King Institute of Preventive Medicine Micro-Biological Section reports 1909-11
Year: 1909
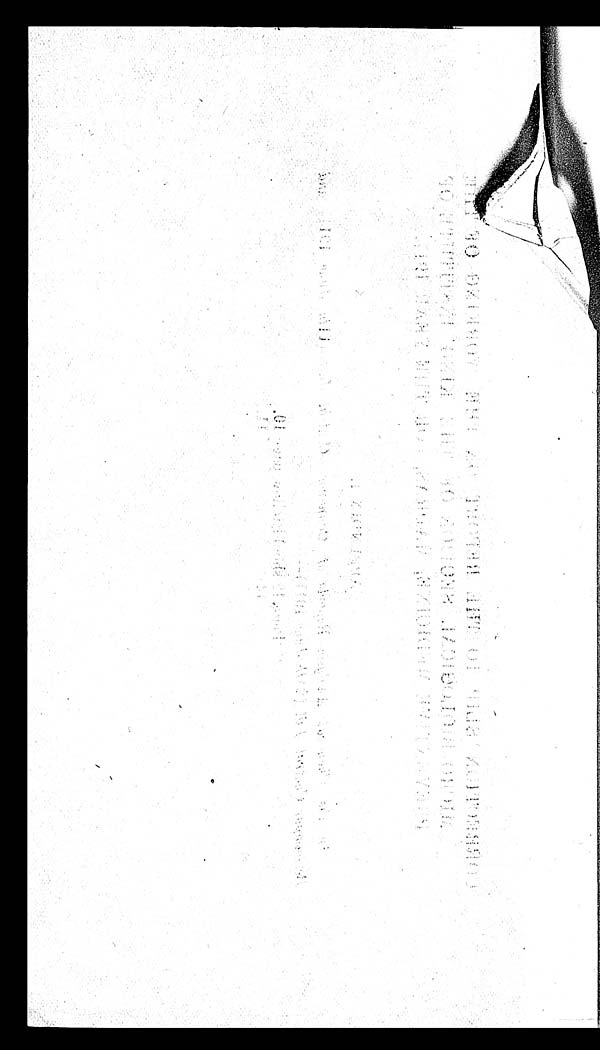
: -
!n
,
---
•
;-;
,;(11
,
,
s ", ,i1 -
-
1 -